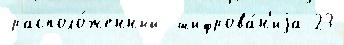
располо́женный  шифрова́н'иjа 23